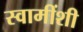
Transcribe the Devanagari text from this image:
स्वामींशी